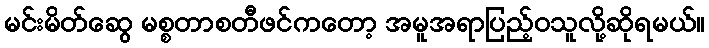
မင်းမိတ်ဆွေ မစ္စတာစတီဖင်ကတော့ အမူအရာပြည့်ဝသူလို့ဆိုရမယ်။